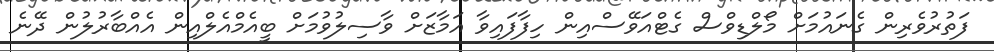
ފަތުރުވެރިން ގެނައުމަށް މޯލްޑިވްސް ގެޓްއަވޭސްއިން ހިފާފައިވާ އަމާޒަށް ވާސިލުވުމަށް ބީއެމްއެލްއިން އެއްބާރުލުން ދޭނެ